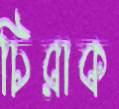
চিরাক